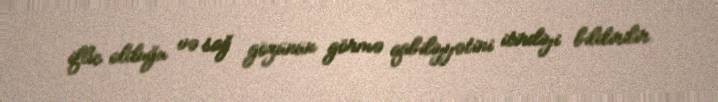
iflic olduğu və sağ gözünün görmə qabiliyyətini itirdiyi bildirilir.